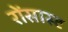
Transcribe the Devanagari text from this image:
रोंसास्ट